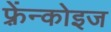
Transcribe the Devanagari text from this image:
फ़्रेंन्कोइज